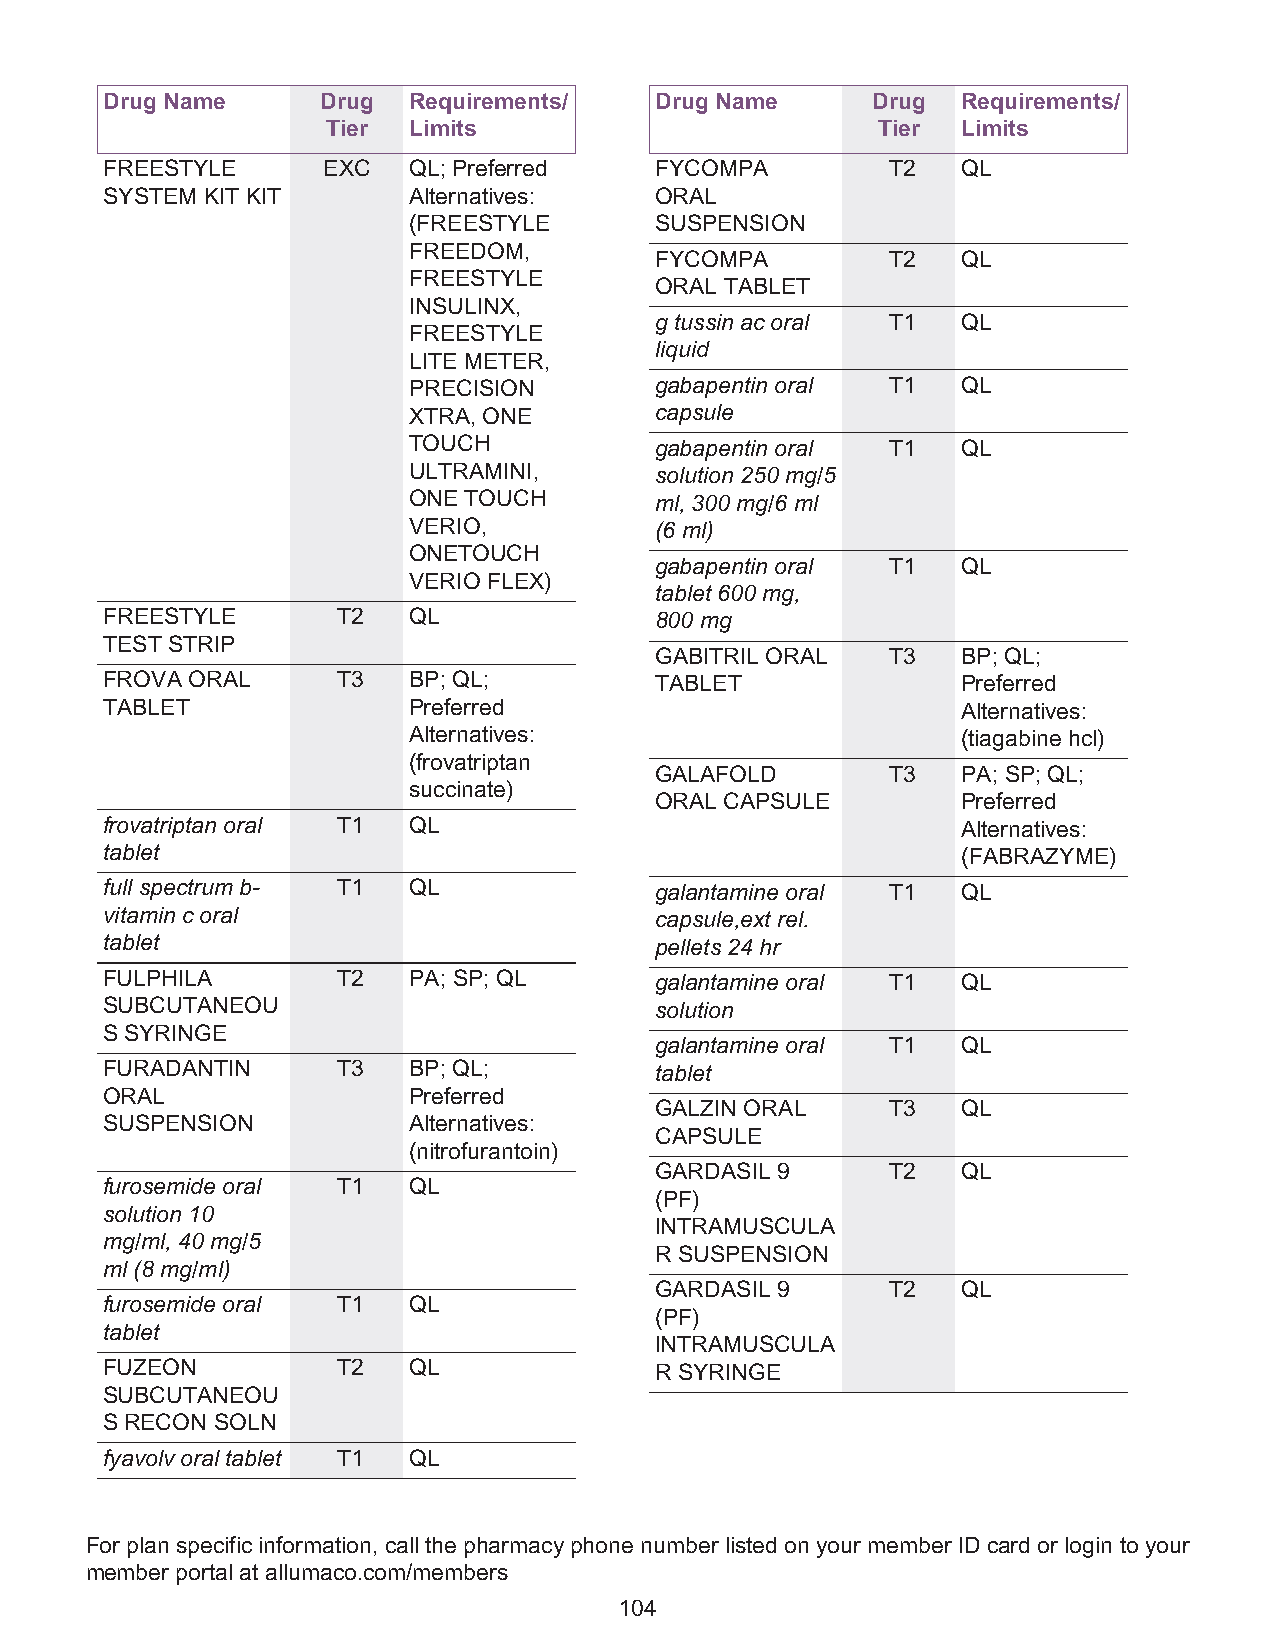
Drug Name     Drug  Requirements/   Drug Name      Drug  Requirements/
 Tier Limits                         Tier  Limits
 FREESTYLE     EXC   QL; Preferred   FYCOMPA         T2   QL
 SYSTEM KIT KIT      Alternatives:   ORAL
 (FREESTYLE      SUSPENSION
 FREEDOM,
 FYCOMPA         T2   QL
 FREESTYLE
 ORAL TABLET
 INSULINX,
 g tussin ac oral T1  QL
 FREESTYLE
 liquid
 LITE METER,
 PRECISION       gabapentin oral T1   QL
 XTRA, ONE       capsule
 TOUCH           gabapentin oral T1   QL
 ULTRAMINI,      solution 250 mg/5
 ONE TOUCH       ml, 300 mg/6 ml
 VERIO,          (6 ml)
 ONETOUCH
 gabapentin oral T1   QL
 VERIO FLEX)
 tablet 600 mg,
 FREESTYLE      T2   QL              800 mg
 TEST STRIP
 GABITRIL ORAL   T3   BP; QL;
 FROVA ORAL     T3   BP; QL;         TABLET               Preferred
 TABLET              Preferred                            Alternatives:
 Alternatives:                        (tiagabine hcl)
 (frovatriptan
 GALAFOLD        T3   PA; SP; QL;
 succinate)
 ORAL CAPSULE         Preferred
 frovatriptan oral T1 QL                                  Alternatives:
 tablet                                                   (FABRAZYME)
 full spectrum b- T1 QL              galantamine oral T1  QL
 vitamin c oral                      capsule,ext rel.
 tablet                              pellets 24 hr
 FULPHILA       T2   PA; SP; QL      galantamine oral T1  QL
 SUBCUTANEOU                         solution
 S SYRINGE
 galantamine oral T1  QL
 FURADANTIN     T3   BP; QL;         tablet
 ORAL                Preferred
 GALZIN ORAL     T3   QL
 SUSPENSION          Alternatives:
 CAPSULE
 (nitrofurantoin)
 GARDASIL 9      T2   QL
 furosemide oral T1  QL
 (PF)
 solution 10
 INTRAMUSCULA
 mg/ml, 40 mg/5
 R SUSPENSION
 ml (8 mg/ml)
 GARDASIL 9      T2   QL
 furosemide oral T1  QL
 (PF)
 tablet
 INTRAMUSCULA
 FUZEON         T2   QL              R SYRINGE
 SUBCUTANEOU
 S RECON SOLN
 fyavolv oral tablet T1 QL
 For plan specific information, call the pharmacy phone number listed on your member ID card or login to your
 member portal at allumaco.com/members
 104